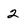
Character: 2